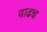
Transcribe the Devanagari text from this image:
वाढच